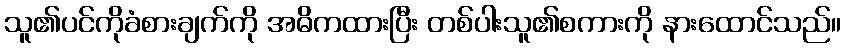
သူ၏ပင်ကိုခံစားချက်ကို အဓိကထားပြီး တစ်ပါးသူ၏စကားကို နားထောင်သည်။